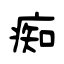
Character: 痴